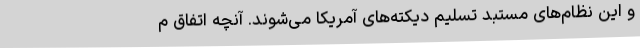
و این نظام‌های مستبد تسلیم دیکته‌های آمریکا می‌شوند. آنچه اتفاق م